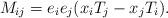
LaTeX: \begin{align*}M_{ij}=e_i e_j (x_{i}T_{j}-x_{j} T_{i}).\end{align*}